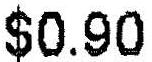
$0.90